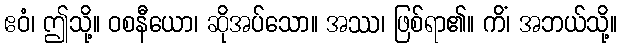
ဧဝံ၊ ဤသို့။ ဝစနီယော၊ ဆိုအပ်သော။ အဿ၊ ဖြစ်ရာ၏။ ကိံ၊ အဘယ်သို့။